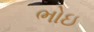
ભોઇ